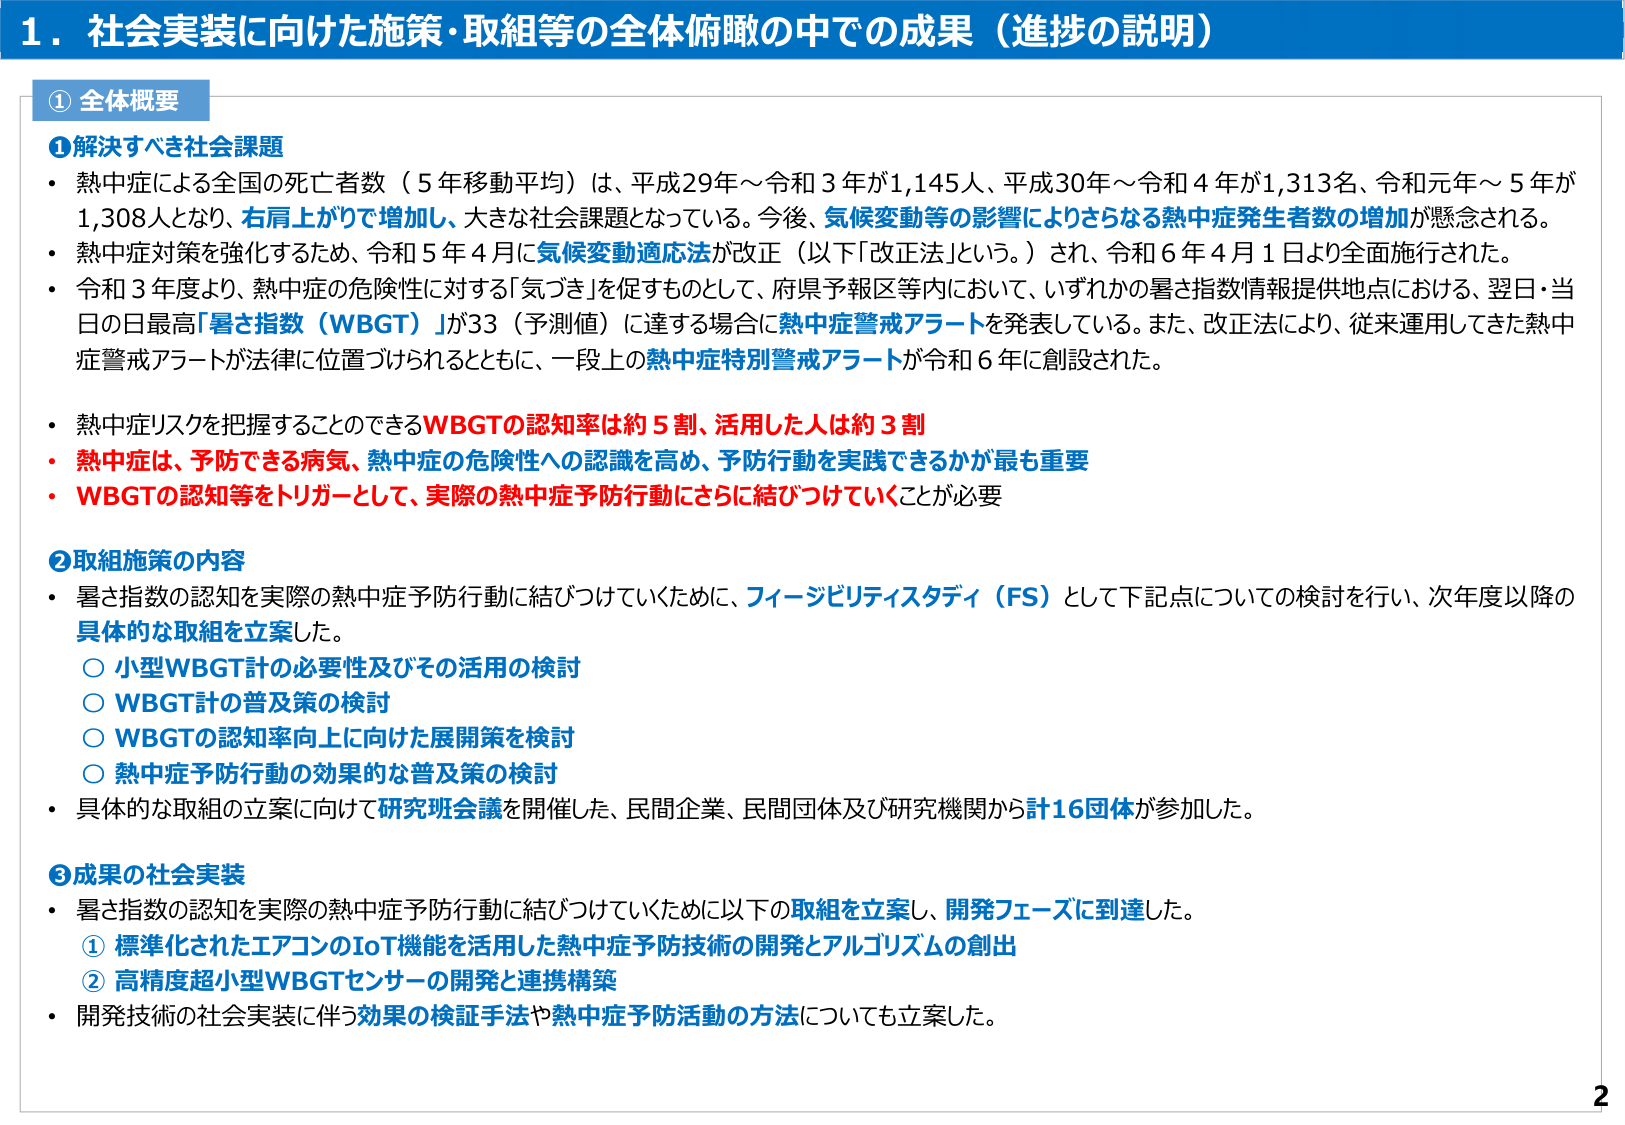
1. 社会実装に向けた施策・取組等の全体俯瞰の中での成果（進捗の説明）

① 全体概要

① 解決すべき社会課題
・ 熱中症による全国の死亡者数（5年移動平均）は、平成29年～令和3年が1,145人、平成30年～令和4年が1,313名、令和元年～5年が1,308人となり、右肩上がりで増加し、大きな社会課題となっている。今後、気候変動等の影響によりさらなる熱中症発生者数の増加が懸念される。
・ 熱中症対策を強化するため、令和5年4月に気候変動適応法が改正（以下「改正法」という。）され、令和6年4月1日より全面施行された。
・ 令和3年度より、熱中症の危険性に対する「気づき」を促すものとして、府県予報区等内において、いずれかの暑さ指数情報提供地点における、翌日・当日の日最高「暑さ指数（WBGT）」が33（予測値）に達する場合に熱中症警戒アラートを発表している。また、改正法により、従来運用してきた熱中症警戒アラートが法律に位置づけられるとともに、一段上の熱中症特別警戒アラートが令和6年に創設された。

・ 熱中症リスクを把握することのできるWBGTの認知率は約5割、活用した人は約3割
・ 熱中症は、予防できる病気、熱中症の危険性への認識を高め、予防行動を実践できるかが最も重要
・ WBGTの認知等をトリガーとして、実際の熱中症予防行動にさらに結びつけていくことが必要

② 取組施策の内容
・ 暑さ指数の認知を実際の熱中症予防行動に結びつけていくために、フィージビリティスタディ（FS）として下記点についての検討を行い、次年度以降の具体的な取組を立案した。
　○ 小型WBGT計の必要性及びその活用の検討
　○ WBGT計の普及策の検討
　○ WBGTの認知率向上に向けた展開策を検討
　○ 熱中症予防行動の効果的な普及策の検討
・ 具体的な取組の立案に向けて研究班会議を開催した、民間企業、民間団体及び研究機関から計16団体が参加した。

③ 成果の社会実装
・ 暑さ指数の認知を実際の熱中症予防行動に結びつけていくために以下の取組を立案し、開発フェーズに到達した。
　① 標準化されたエアコンのIoT機能を活用した熱中症予防技術の開発とアルゴリズムの創出
　② 高精度超小型WBGTセンサーの開発と連携構築
・ 開発技術の社会実装に伴う効果の検証手法や熱中症予防活動の方法についても立案した。

2